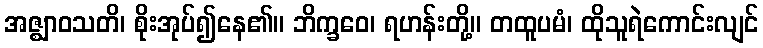
အဇ္ဈာဝသတိ၊ စိုးအုပ်၍နေ၏။ ဘိက္ခဝေ၊ ရဟန်းတို့။ တထူပမံ၊ ထိုသူရဲကောင်းလျင်